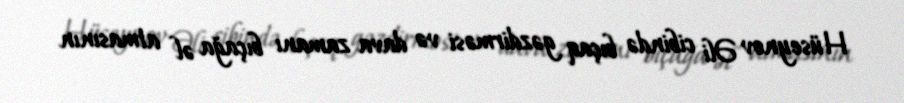
Hüseynov Əli cibində bıçaq gəzdirməsi və dava zamanı bıçağa əl atmasının